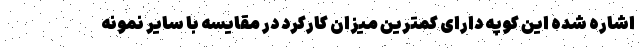
اشاره شده این کوپه دارای کمترین میزان کارکرد در مقایسه با سایر نمونه